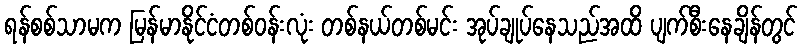
ရန်စစ်သာမက မြန်မာနိုင်ငံတစ်ဝန်းလုံး တစ်နယ်တစ်မင်း အုပ်ချုပ်နေသည်အထိ ပျက်စီးနေချိန်တွင်